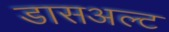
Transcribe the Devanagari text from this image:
डासअल्ट